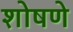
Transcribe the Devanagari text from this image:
शोषणे